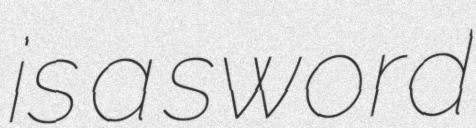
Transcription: is a sword